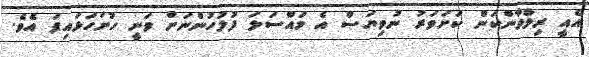
އެއީ ރިލްވާންކަން ކަށަވަރު ނުވިޔަސް އެ މައްސަލަ ފުލުހުންނަށް ވަނީ ހުށަހަޅައިފަ އެވެ.